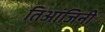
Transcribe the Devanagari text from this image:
तिआंजिनी